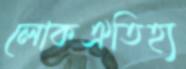
লোকঐতিহ্য